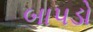
બાપડો